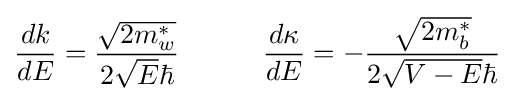
{\frac {dk}{dE}}={\frac {\sqrt {2m_{w}^{*}}}{2{\sqrt {E}}\hbar }}\quad \quad \quad {\frac {d\kappa }{dE}}=-{\frac {\sqrt {2m_{b}^{*}}}{2{\sqrt {V-E}}\hbar }}